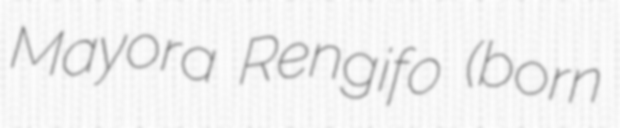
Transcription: Mayora Rengifo (born